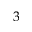
3